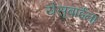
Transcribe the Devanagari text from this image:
येसूबाईंना